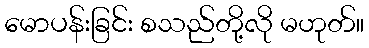
မောပန်းခြင်း စသည်တို့လို မဟုတ်။